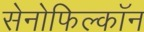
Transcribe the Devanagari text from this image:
सेनोफिल्कॉन